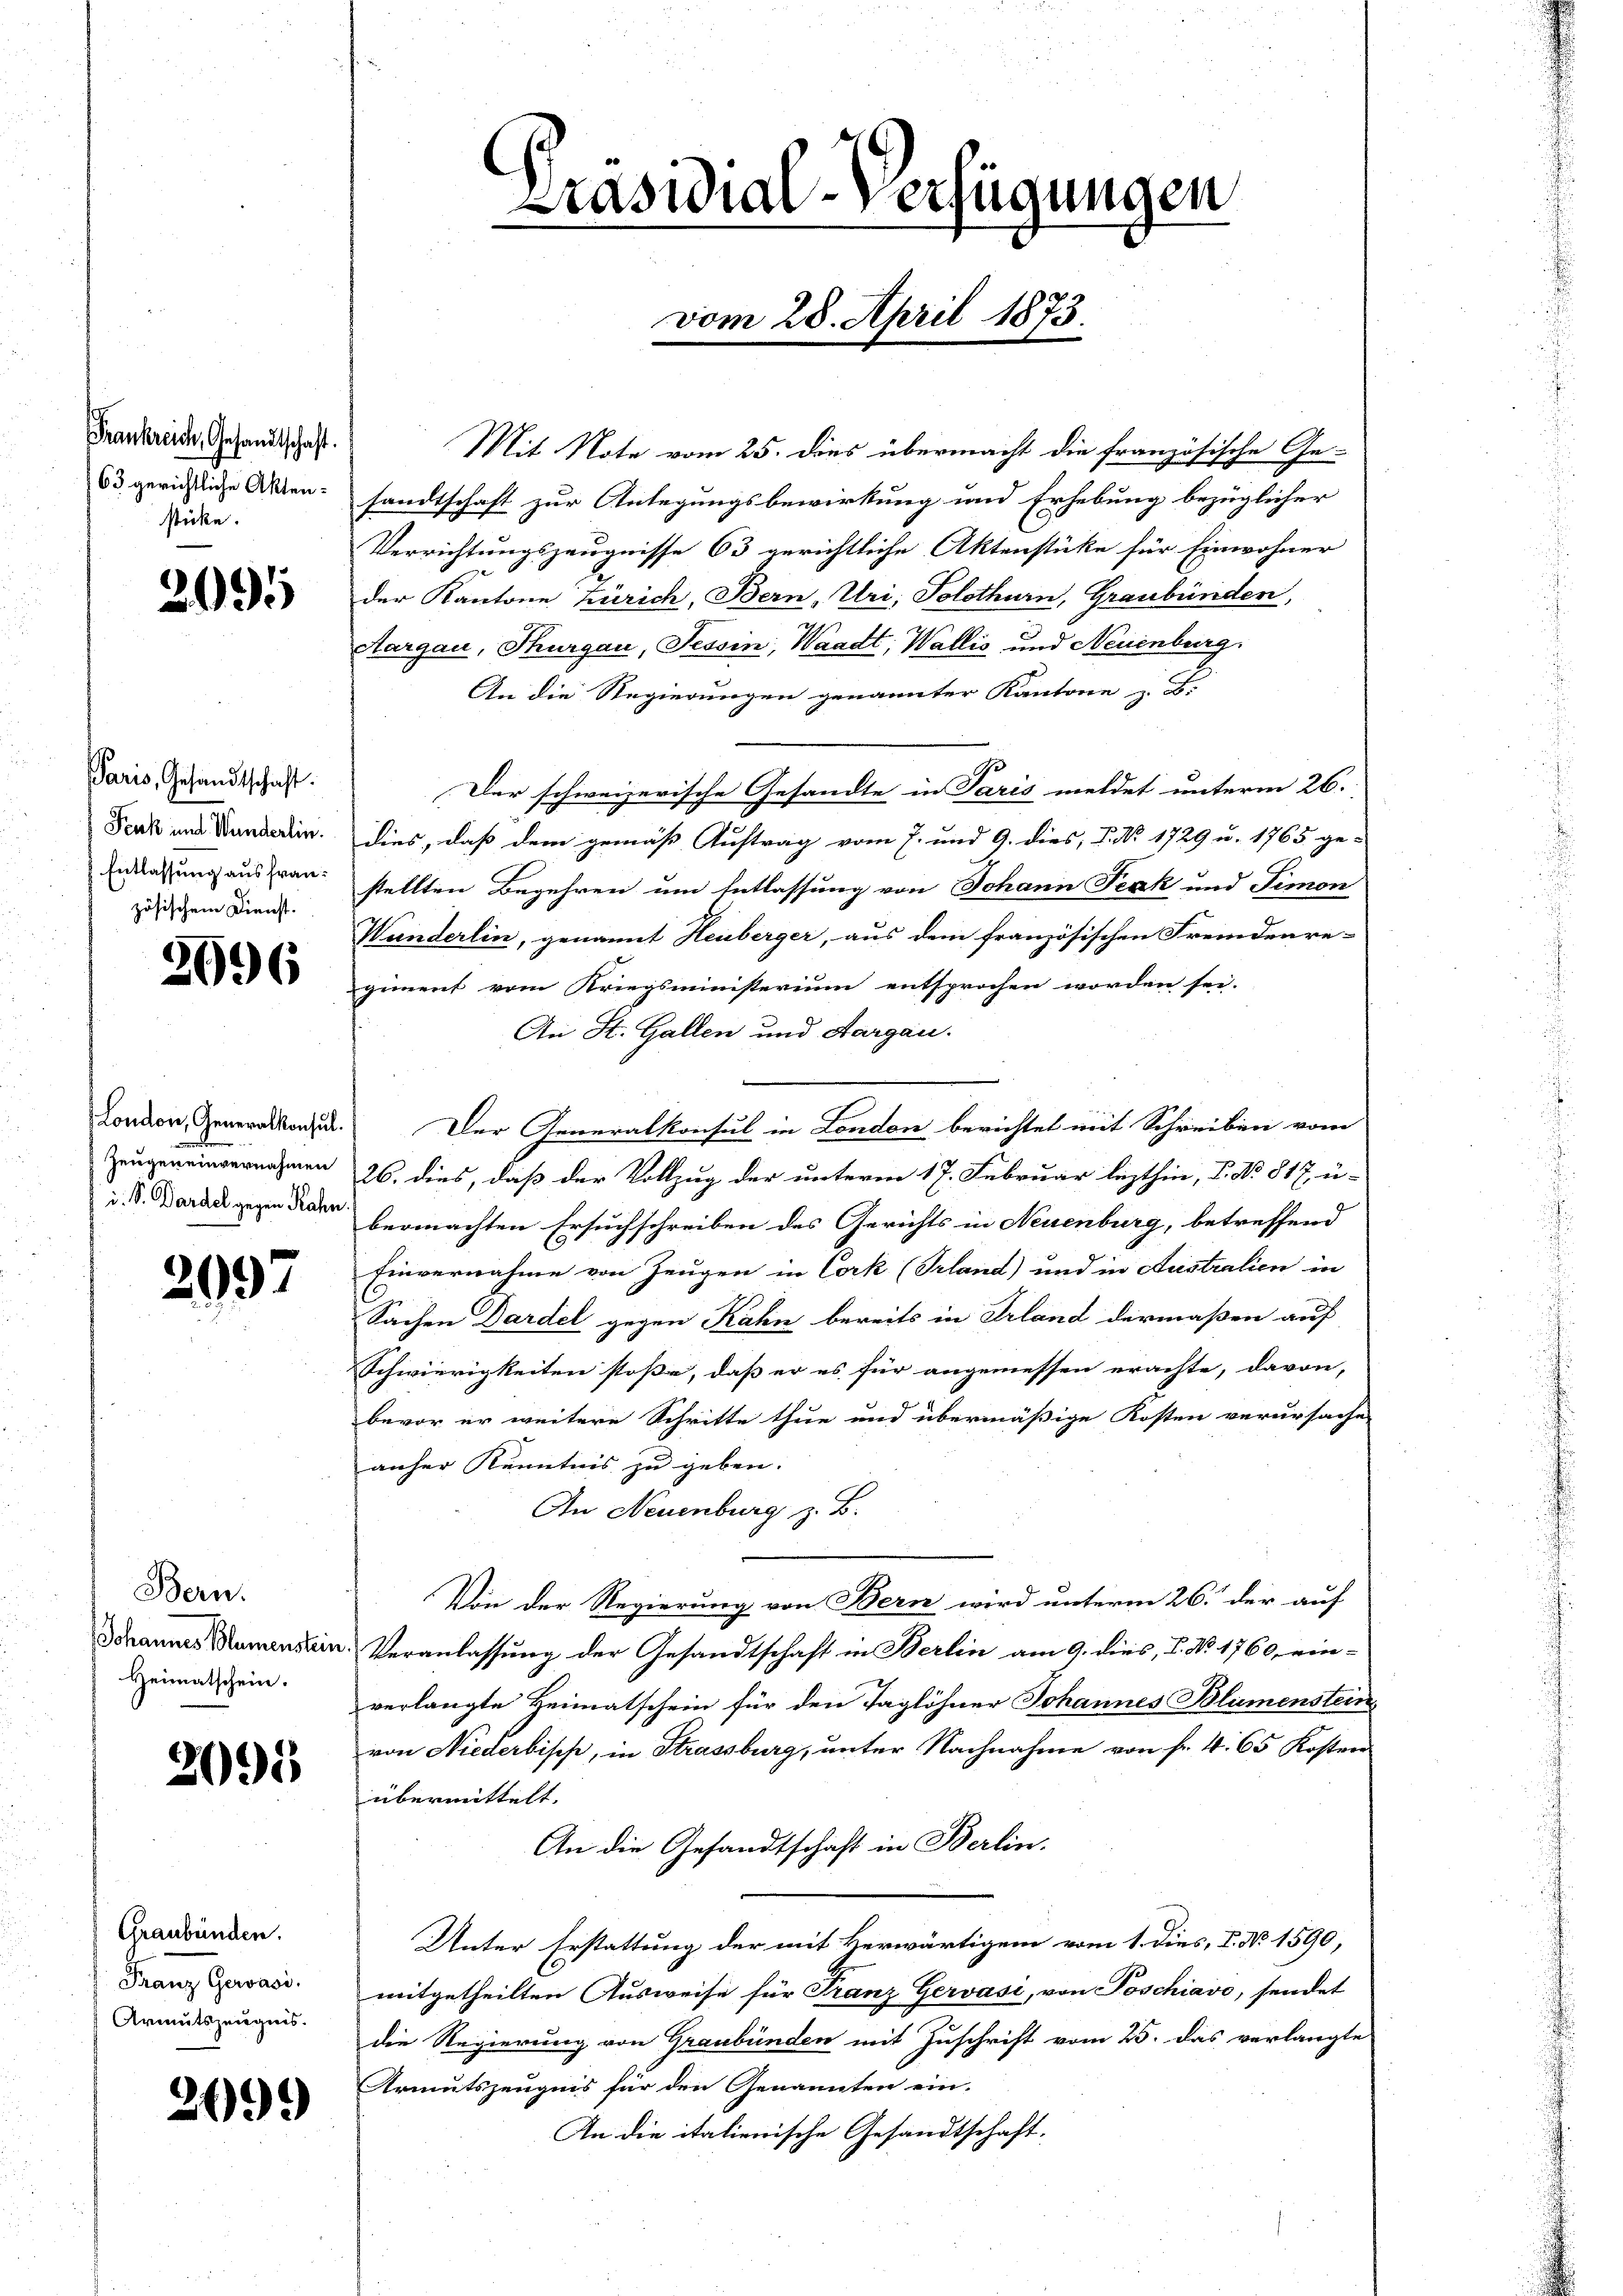
Frankreich, Gesandtschaft
sticke.

2095

Paris, Gesandtschaft.
zösischem Dienst.

2696

Zeugen einvernahmen

2097

Bern.
Heimatschein.

.

0

Graubünden.
Franz Gerasi
Armutszeugnis.

2699

Mit Note vom 25. dies übermacht die französische Ge-
63 gerichtliche Akten: sandtschaft zur Anlegungsbewirkung und Erhebung bezüglicher
Verrichtungszeugnisse 63 gerichtliche Aktenstüke für Einwohner
der Kantone Zürich, Bern, Uri, Solothurn, Graubünden,
Aargau, Thurgau, Tessin, Waadt, Wallis und Neuenburg.
An die Regierungen genannter Kantone z. B.
Der schweizerische Gesandte in Paris meldet unterm 26.
Ferk und Handerein. Dies, daß dem gemäß Auftrag vom 7. und 9. dies, 2. No. 1729 u. 1765 ge-
Entlaßung ausgrau stellten Begehren um Entlassung von Johann Texk und Simon
Wunderlin, genannt Heuberger, aus dem französischen Fremdenre-
giment vom Kriegsministerium entsprochen worden sei.
An St. Gallen und Aargau.
London, Generalkonzen. Der Generalkonsul in London berichtet mit Schreiben vom
26. dies, daß der Vollzug der unterm 17. Februar lezthin, P. No. 817 u-
 agen vermachten Ersuchschreiben des Gerichts in Neuenburg, betreffend
Einvernahme von Zeugen in Cork (Prland) und in Australien in
Sachen Dardel gegen Rahn bereits in Erland dermaßen auf
Schwierigkeiten stoße, daß er es für angemessen erachte, davon,
bevor er weitere Schritte thue und übermäßige Kosten verursache
anher Kenntnis zu geben.
In Neuenburg z. B.
Von der Regierung von Bern wird unterm 26. der auf
Johannes Namenstein. Veranlassung der Gesandtschaft in Berlin am 9. dies, 1. No. 1760, einverlangte Heimatschein für den Taglöhner Johannes Blumenstein
von Niederbisch, in Strassburg, unter Nachnahme von fr. 4. 65 Kosten
übermittelt.
An die Gesandtschaft in Berlin.
Unter Erstattung der mit herwärtigem vom 1. dies, 2. No. 1590,
mitgetheilten Ausweise für Franz Gervasi, von Poschiavo, sendet
die Regierung von Graubünden mit Zuschrift vom 25. das verlangte
Armutszeugnis für den Genannten ein.
An die italienische Gesandtschaft-

Präsidial-Verfügungen

vom 28. April 1873.